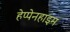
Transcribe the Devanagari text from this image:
हेप्पेनहाइम